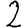
Digit: 2